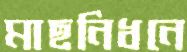
মাছনিধনে